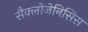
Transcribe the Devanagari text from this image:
सैक्लोजेनिसिस